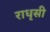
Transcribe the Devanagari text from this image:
राधृसी